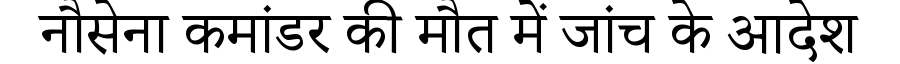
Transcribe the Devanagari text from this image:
नौसेना कमांडर की मौत में जांच के आदेश